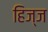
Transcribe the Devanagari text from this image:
हिज्ज